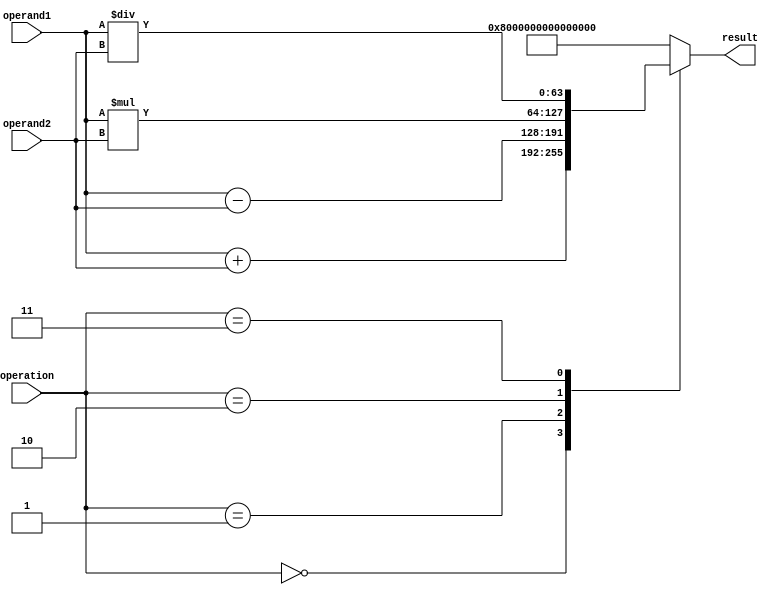
module double_precision_arithmetic_unit(
    input wire [63:0] operand1, // Double precision floating point operand 1
    input wire [63:0] operand2, // Double precision floating point operand 2
    input wire [2:0] operation, // Control signal for selecting arithmetic operation
    output reg [63:0] result // Result of arithmetic operation
);

always @(*) begin
    case(operation)
        3'b000: result = operand1 + operand2; // Addition
        3'b001: result = operand1 - operand2; // Subtraction
        3'b010: result = operand1 * operand2; // Multiplication
        3'b011: result = operand1 / operand2; // Division
        default: result = 64'h8000000000000000; // Default value for unrecognized operation
    endcase
end

endmodule